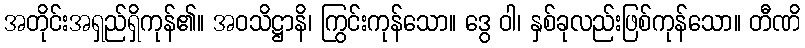
အတိုင်းအရှည်ရှိကုန်၏။ အဝသိဋ္ဌာနိ၊ ကြွင်းကုန်သော။ ဒွေ ဝါ၊ နှစ်ခုလည်းဖြစ်ကုန်သော။ တီဏိ